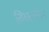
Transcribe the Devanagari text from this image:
तिब्‍बतीयन